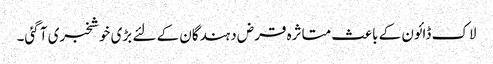
لاک ڈائون کے باعث متاثرہ قرض دہندگان کے لئے بڑی خوشخبری آ گئی۔